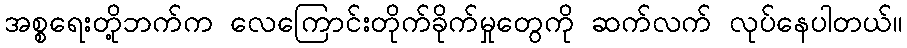
အစ္စရေးတို့ဘက်က လေကြောင်းတိုက်ခိုက်မှုတွေကို ဆက်လက် လုပ်နေပါတယ်။